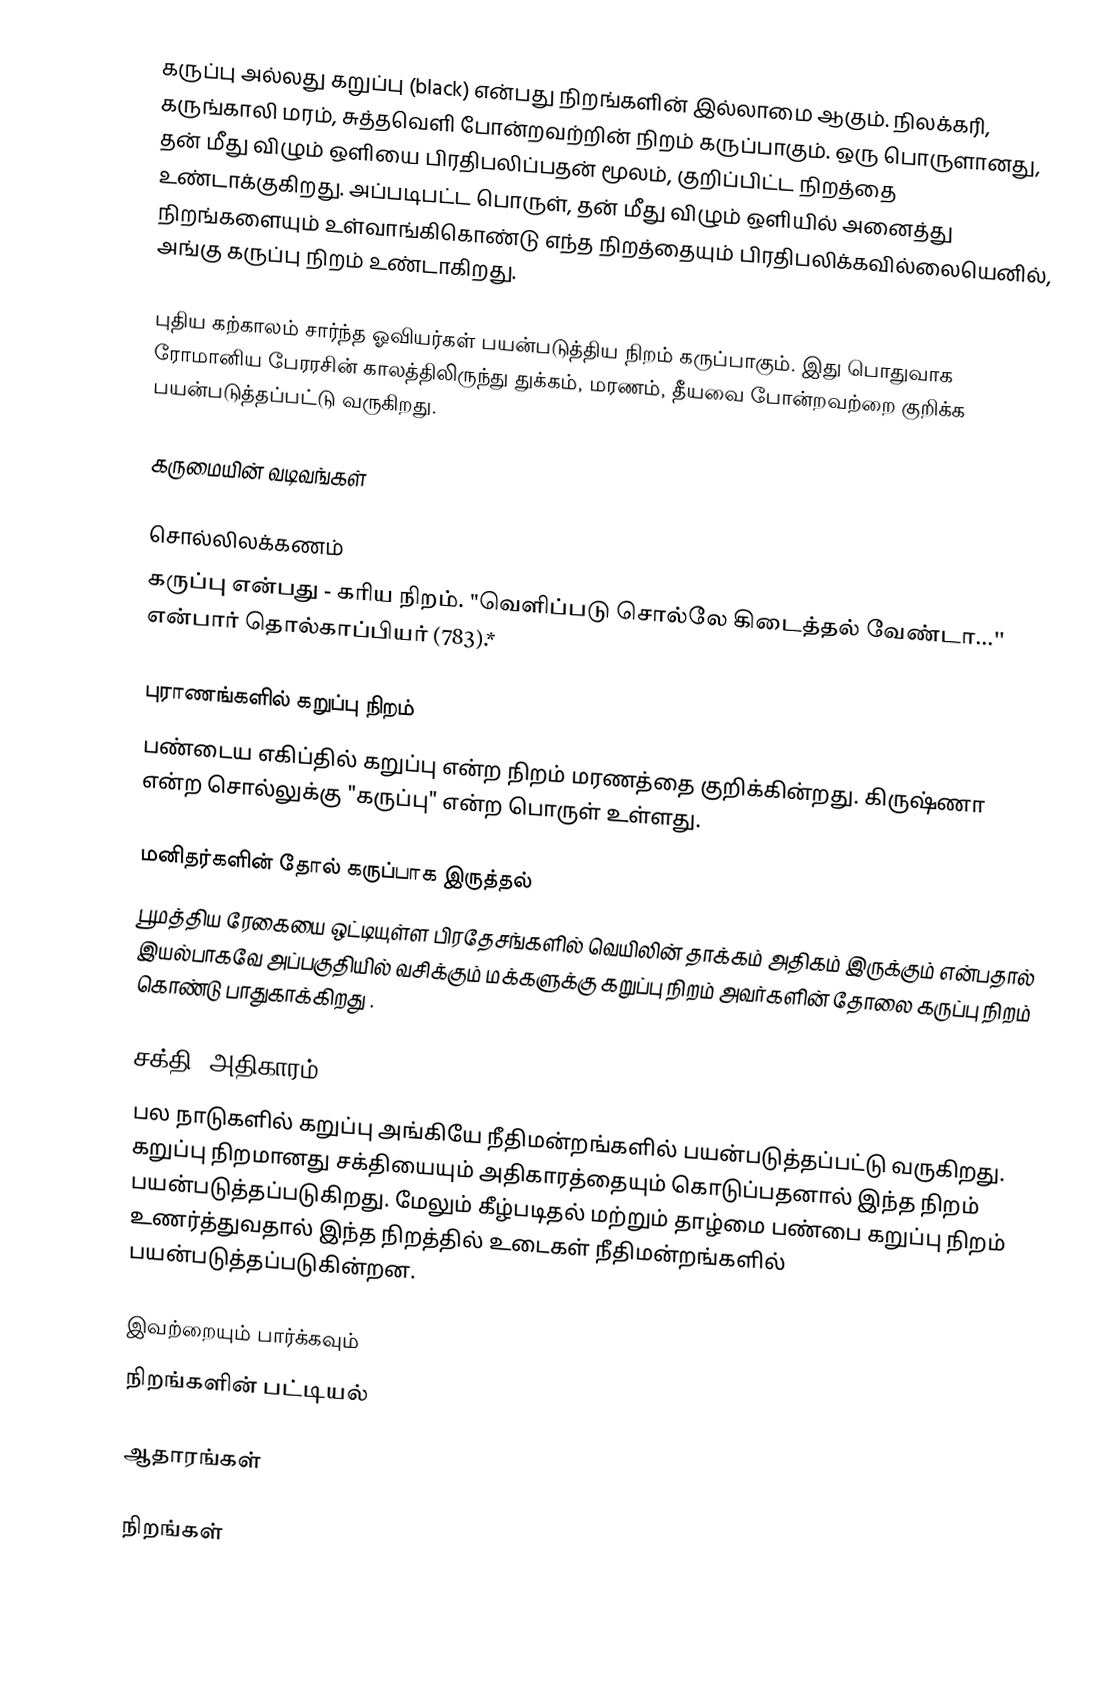
கருப்பு அல்லது கறுப்பு (black) என்பது நிறங்களின் இல்லாமை ஆகும். நிலக்கரி, கருங்காலி மரம், சுத்தவெளி போன்றவற்றின் நிறம் கருப்பாகும். ஒரு பொருளானது, தன் மீது விழும் ஒளியை பிரதிபலிப்பதன் மூலம், குறிப்பிட்ட நிறத்தை உண்டாக்குகிறது. அப்படிபட்ட பொருள், தன் மீது விழும் ஒளியில் அனைத்து நிறங்களையும் உள்வாங்கிகொண்டு எந்த நிறத்தையும் பிரதிபலிக்கவில்லையெனில், அங்கு கருப்பு நிறம் உண்டாகிறது.

புதிய கற்காலம் சார்ந்த ஓவியர்கள் பயன்படுத்திய நிறம் கருப்பாகும். இது பொதுவாக ரோமானிய பேரரசின் காலத்திலிருந்து துக்கம், மரணம், தீயவை போன்றவற்றை  குறிக்க பயன்படுத்தப்பட்டு வருகிறது.

கருமையின் வடிவங்கள்

சொல்லிலக்கணம்
கருப்பு என்பது - கரிய நிறம். "வெளிப்படு சொல்லே கிடைத்தல் வேண்டா...'' என்பார் தொல்காப்பியர் (783).*

புராணங்களில்  கறுப்பு  நிறம்
பண்டைய எகிப்தில் கறுப்பு என்ற நிறம் மரணத்தை குறிக்கின்றது. கிருஷ்ணா என்ற சொல்லுக்கு "கருப்பு" என்ற பொருள் உள்ளது.

மனிதர்களின் தோல் கருப்பாக இருத்தல்
பூமத்திய ரேகையை ஒட்டியுள்ள பிரதேசங்களில் வெயிலின் தாக்கம் அதிகம் இருக்கும் என்பதால் இயல்பாகவே அப்பகுதியில் வசிக்கும் மக்களுக்கு கறுப்பு நிறம் அவர்களின் தோலை கருப்பு நிறம் கொண்டு பாதுகாக்கிறது .

சக்தி, அதிகாரம்
பல நாடுகளில் கறுப்பு  அங்கியே நீதிமன்றங்களில் பயன்படுத்தப்பட்டு வருகிறது. கறுப்பு  நிறமானது சக்தியையும் அதிகாரத்தையும் கொடுப்பதனால் இந்த நிறம் பயன்படுத்தப்படுகிறது. மேலும் கீழ்படிதல் மற்றும் தாழ்மை பண்பை கறுப்பு நிறம் உணர்த்துவதால்  இந்த நிறத்தில் உடைகள் நீதிமன்றங்களில் பயன்படுத்தப்படுகின்றன.

இவற்றையும் பார்க்கவும்
 நிறங்களின் பட்டியல்

ஆதாரங்கள்

நிறங்கள்